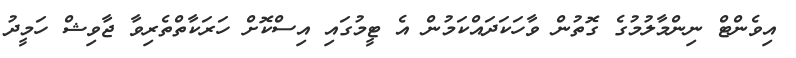
އިވެންޓް ނިންމާލުމުގެ ގޮތުން ވާހަކަދައްކަމުން އެ ޓީމުގައި އިސްކޮށް ހަރަކާތްތެރިވާ ޖާވިޝް ހަމީދު